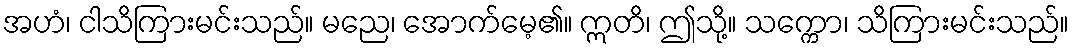
အဟံ၊ ငါသိကြားမင်းသည်။ မညေ၊ အောက်မေ့၏။ ဣတိ၊ ဤသို့။ သက္ကော၊ သိကြားမင်းသည်။